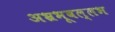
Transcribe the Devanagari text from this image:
अभ्रभूवल्लभ